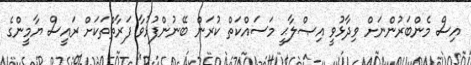
އިސް މެންބަރުންނަށް ވިދާޅުވީ އިޞްލާޙީ މަސައްކަތް ކުރަން ބޭނުންފުޅުވާ ފަރާތްތަކަށް ރައީސް ޔާމީންގެ